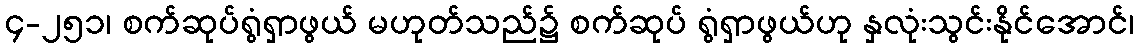
၄-၂၅၁၊ စက်ဆုပ်ရွံရှာဖွယ် မဟုတ်သည်၌ စက်ဆုပ် ရွံရှာဖွယ်ဟု နှလုံးသွင်းနိုင်အောင်၊